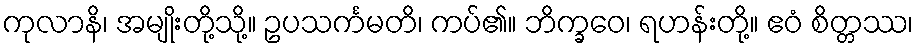
ကုလာနိ၊ အမျိုးတို့သို့။ ဥပသင်္ကမတိ၊ ကပ်၏။ ဘိက္ခဝေ၊ ရဟန်းတို့။ ဧဝံ စိတ္တဿ၊